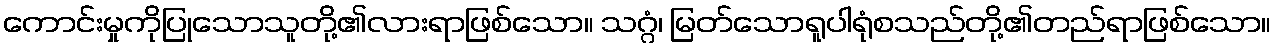
ကောင်းမှုကိုပြုသောသူတို့၏လားရာဖြစ်သော။ သဂ္ဂံ၊ မြတ်သောရူပါရုံစသည်တို့၏တည်ရာဖြစ်သော။